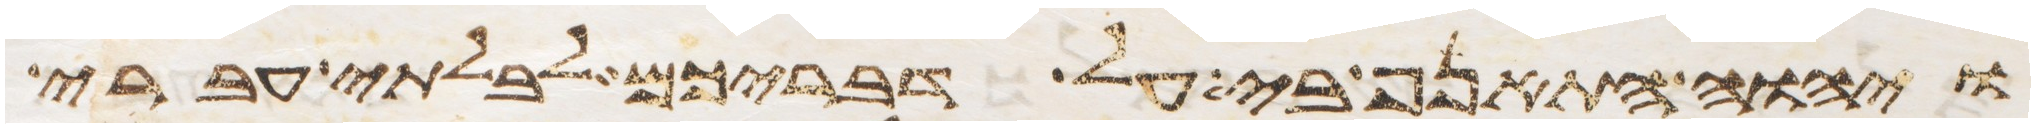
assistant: ויהוה התאנף בי על דבריכם לבלתי עברי